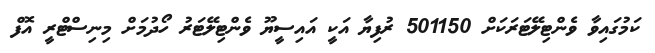
ކަމުގައިވާ ވެންޓިލޭޓަރަކަށް 501150 ރުފިޔާ އަކީ އައިސީޔޫ ވެންޓިލޭޓަރު ހޯދުމަށް މިނިސްޓްރީ އޮފް